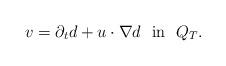
LaTeX: \begin{align*}v=\partial_t d+u\cdot\nabla d\ \ {\rm{in}}\ \ Q_T.\end{align*}